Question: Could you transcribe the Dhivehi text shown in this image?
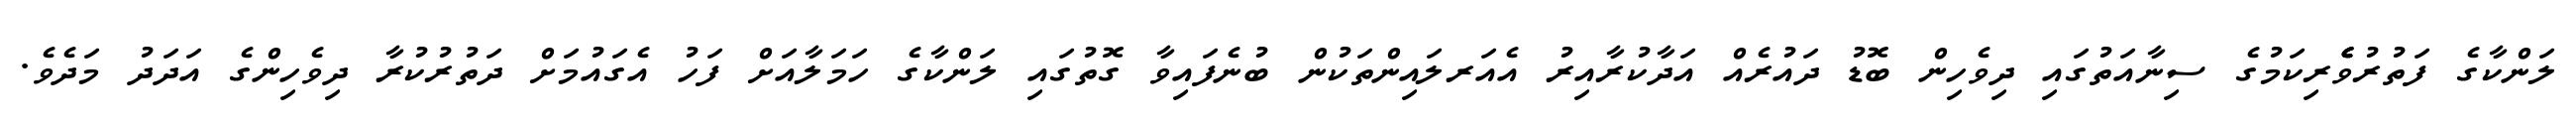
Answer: ލަންކާގެ ފަތުރުވެެެރިކަމުގެ ސިނާއަތުގައި ދިވެހިން ބޮޑު ދައުރެއް އަދާކުރާއިރު އެއަރލައިންތަކުން ބުނެފައިވާ ގޮތުގައި ލަންކާގެ ހަމަލާއަށް ފަހު އެގައުމަށް ދަތުރުކުރާ ދިވެހިންގެ އަދަދު މަދެވެ.